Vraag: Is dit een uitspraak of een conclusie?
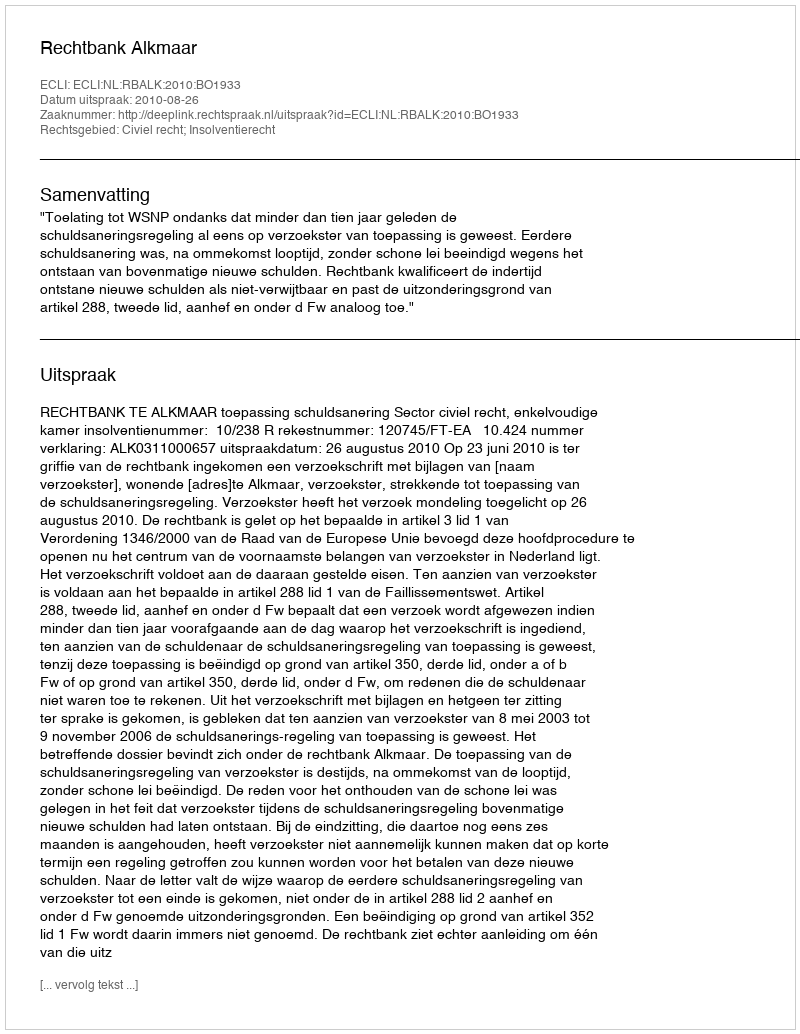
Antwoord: Uitspraak